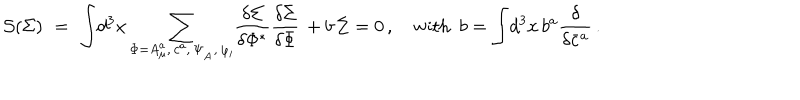
{ \cal S } ( \Sigma ) \, \, = \, \, \displaystyle { \int } d ^ { 3 } x \, \displaystyle { \sum _ { \Phi = A _ { \mu } ^ { a } , \, c ^ { a } , \, \Psi _ { _ A } , \, \varphi _ { i } } ^ { } } { \displaystyle { \frac { \delta \Sigma } { \delta \Phi ^ { * } } } } { \displaystyle { \frac { \delta \Sigma } { \delta \Phi } } } \, + b \, \Sigma = 0 \, , \quad \mathrm { w i t h ~ } \ b = \displaystyle { \int } d ^ { 3 } x \, b ^ { a } { { \displaystyle { \frac { \delta } { \delta \bar { c } ^ { a } } } } } \, .